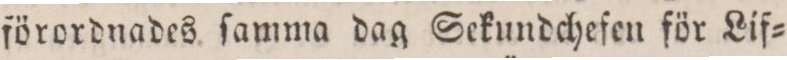
förordnades ſamma dag Sekundchefen för Lif=